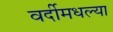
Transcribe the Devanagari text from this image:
वर्दीमधल्या